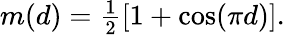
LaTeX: \begin{array}{r}{m(d)=\frac{1}{2}\left[1+\cos(\pi d)\right].}\end{array}